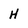
Character: H